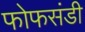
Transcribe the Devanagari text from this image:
फोफसंडी